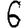
Digit: 6